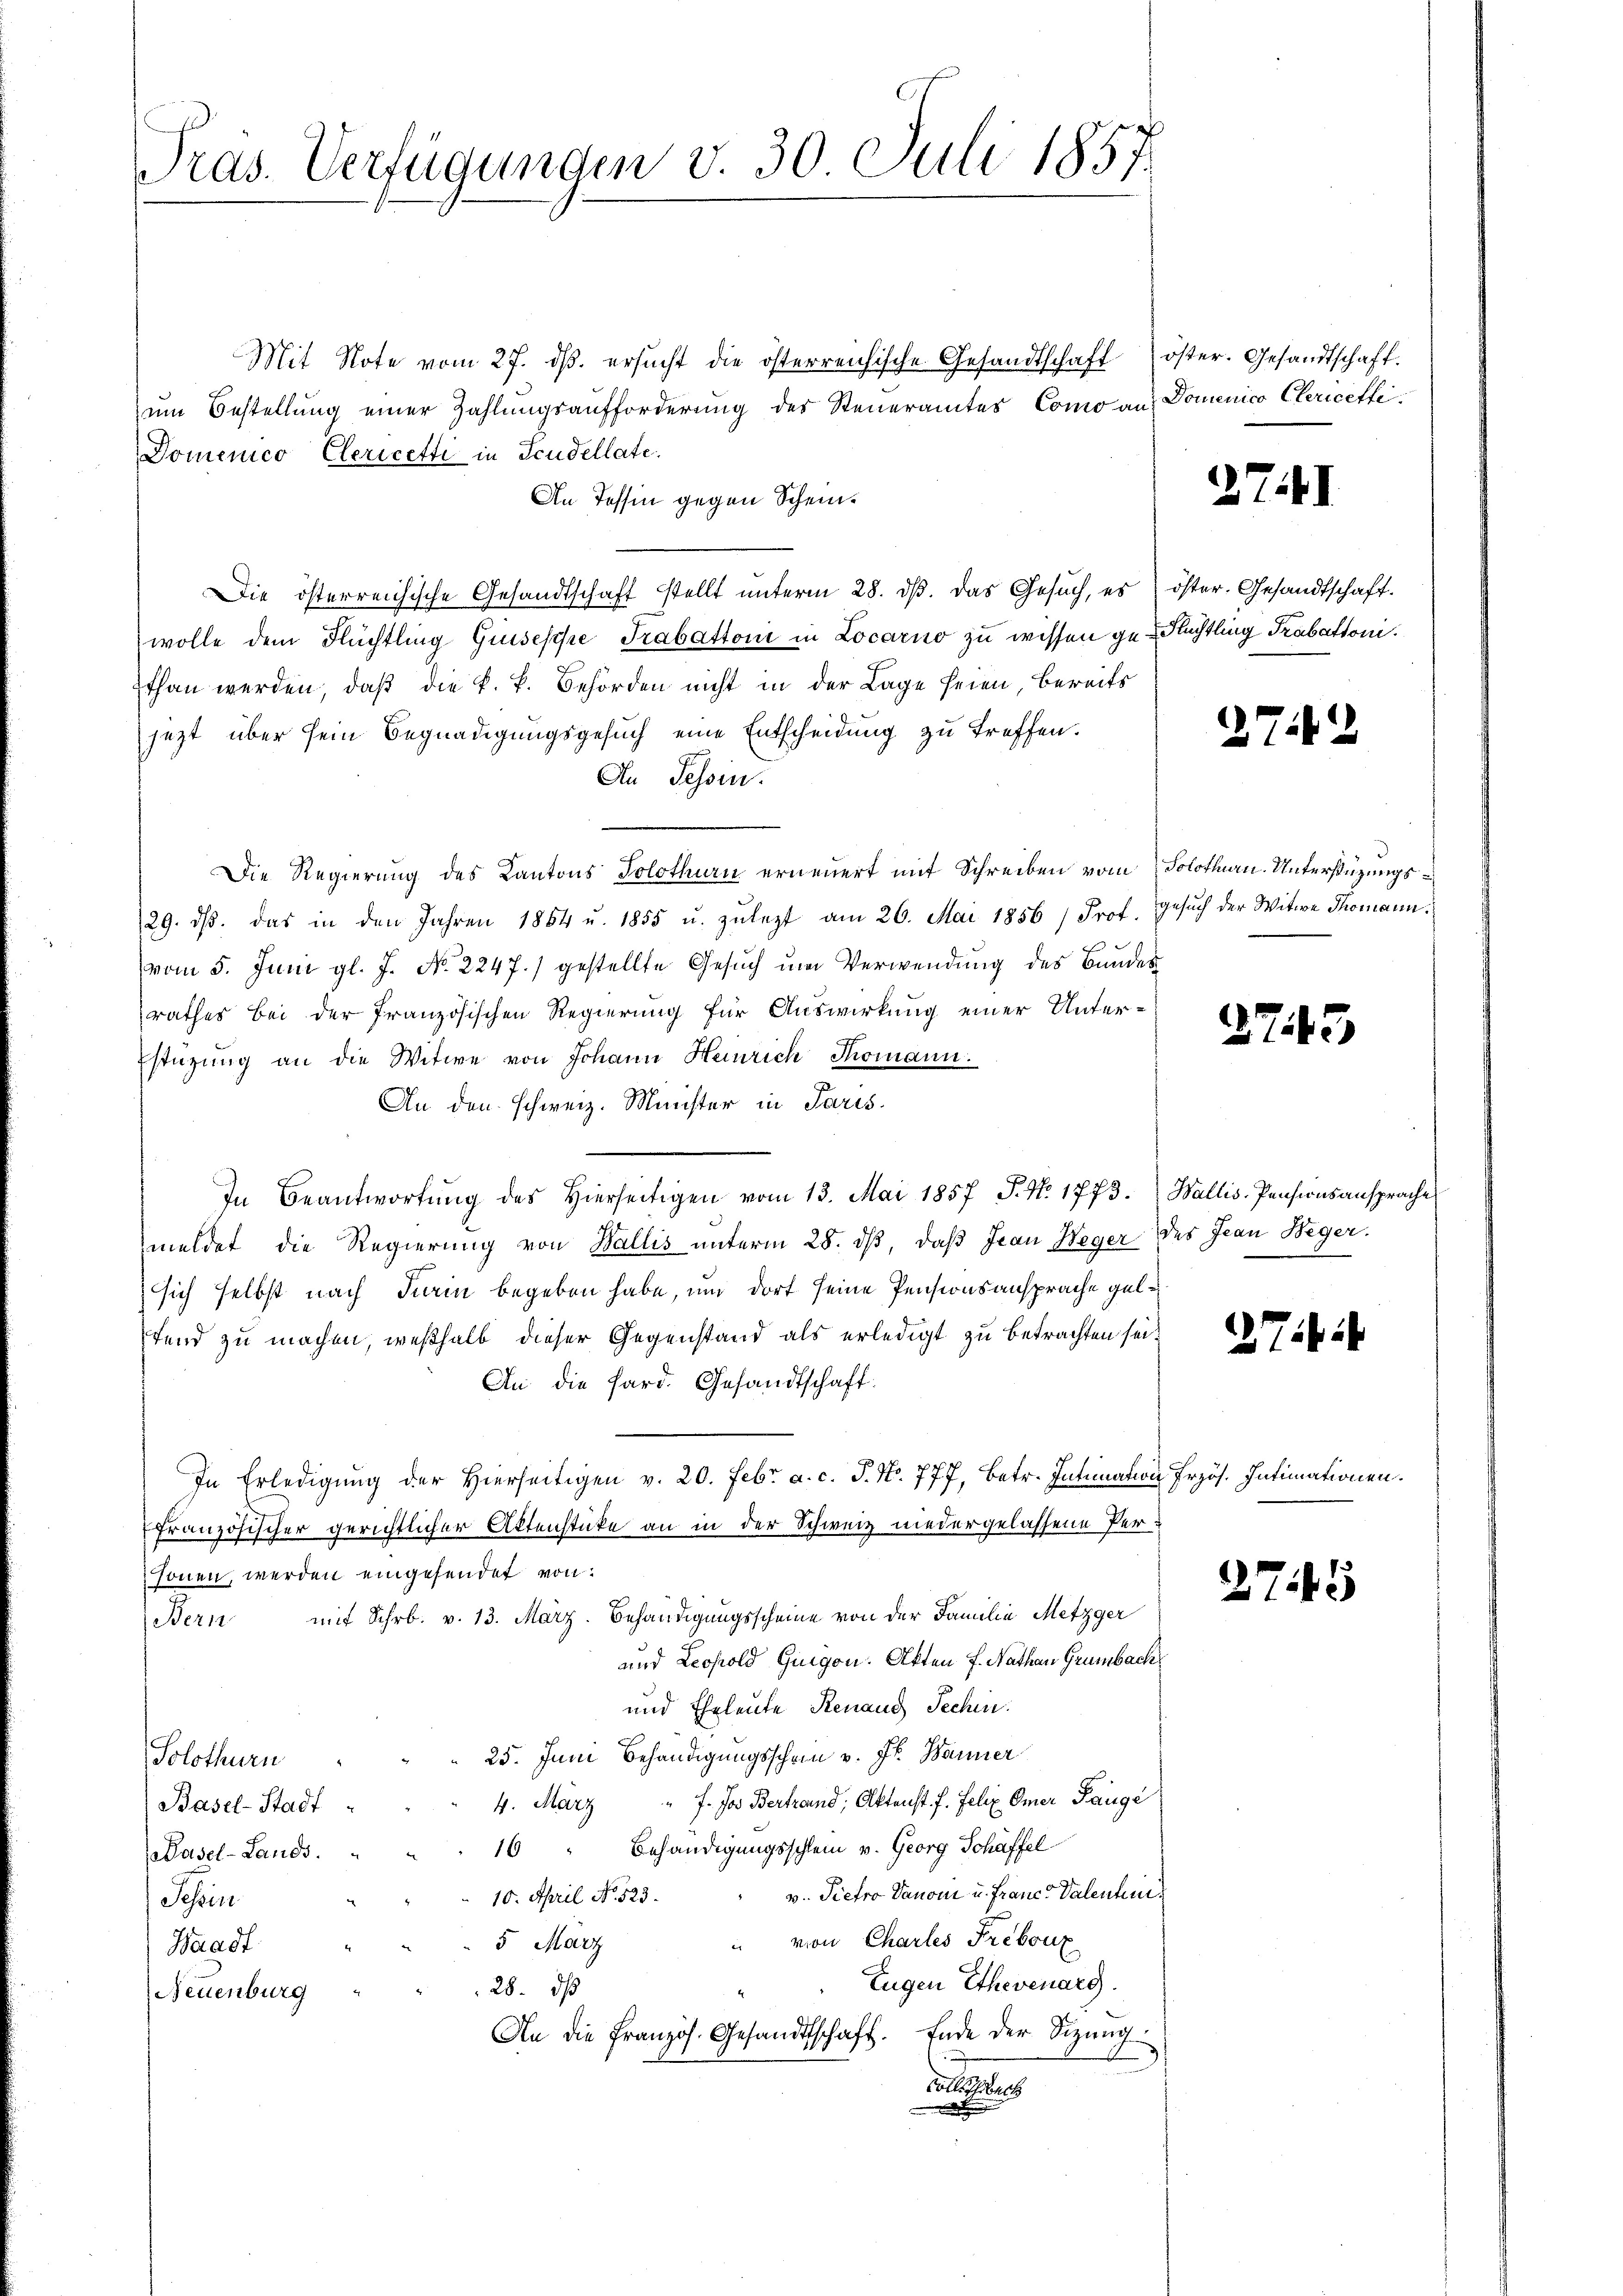
Mit Note vom 27. dβ. ersŭcht die österreichische Gesandtschaft öster. Gesandtschaft.
zum Bestellung einer Zahlungsaufforderung des Steueramtes Como ans Domenico Clericetti
Domenico Clericetti in Icudellate.
An Tessin gegen Schein¬
Die österreichische Gesandtschaft stellt unterm 28. dβ. das Gesuch, es öster. Gesandtschaft.
wolle dem Flüchtling Grisesche Trabattoni in Locarno zu wissen ge-Flüchtling Trabationi.
Ethan werden, daß die k. k. Behörden nicht in der Lage seien, bereits
jezt über sein Begnadigungsgesuch eine Entscheidung zu treffen.
An Tessin.
Die Regierung des Kantons Solothurn erneuert mit Schreiben vom Solothurn. Unterstüzungs¬
29. dβ das in den Jahren 1864 u. 1855 u. zulezt am 26. Mai 1856 / Prof. Gesuch der Witwe Thomann.
vom 5. Juni gl. J. No. 2247.) gestellte Gesuch um Verwendung des Bundes
rathes bei der Französischen Regierung für Auswirkung einer Unterstüzung an die Witwe von Johann Heinrich Thomann.
An den schweiz. Minister in Paris
In Beantwortŭng des hierseitigen vom 13. Mai 1857 J. N. 1773. Wallis. Pensionsansprache
meldet die Regierung von Wallis unterm 28. dβ, daß Jean Neger des Jean Beger.
sich selbst nach Turin begeben habe, um dort seine Pensionsansprache gelfend zu machen, weßhalb dieser Gegenstand als erledigt zu betrachten sei¬
An die Sard. Gesandtschaft.
In Erledigung der hierseitigen v. 20. Febr. a. c. J. No. 777, betr. Intimation Frzös. Intimationen.
Französischer gerichtlicher Aktenstücke an in der Schweiz niedergelassene Personen, werden eingesendet von
Bern mit Schr. v. 13. März. Behändigungsscheine von der Familie Metzger
und Leopold Guigon. Akten J. Nathan Grumbach
und Eheleute Renaud Sechin
25. Juni Behändigungsschein v. Jr. Banner
Solothurn
4. März " 7. Ja Bertrand, Aktenst. f. Felix Omer Tauge
Basel-Stadt
16" Behändigungsschlein v. Georg Schäffel
Hasel-Lands.
v. Pietro Vanoni u. Franz Valenten
10. April No 523.
 Tessin
" von Charles Frebouz
5 März
Waadt
Eugen Ehevenarg.
28. dß
Neuenburg
An die Französ. Gesandtschaft. Ende der Sitzung
dische

Pras. Verfügungen v. 30 Juli 1857.

2741

271

2745

2

275